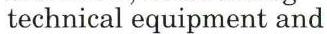
technical equipment and